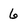
Character: 6